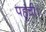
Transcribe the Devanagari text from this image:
पहूंची।